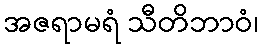
အဇရာမရံ သီတိဘာဝံ၊